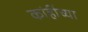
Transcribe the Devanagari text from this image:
कांहींच्या